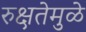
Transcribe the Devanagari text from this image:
रुक्षतेमुळे